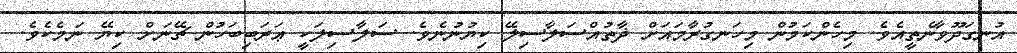
އުނގަދޫވާނެތީއެވެ. މިހެންކަމުން މިހަނގުރާމައަށް ޛާތުއްސަލާސިލޭ ކިޔުނުނެވެ. ސަލާސިލަކީ ޢަރަބިބަހުން ޗޭނަށް ކިޔޭ ނަމެކެވެ.